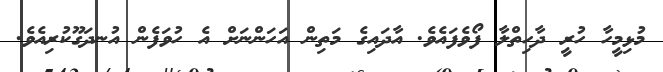
މުޅިމީހާ ހުރީ ދާހިތްލާ ފޯވެފައެވެ. އާދައިގެ މަތިން އަހަންނަށް އެ ހުވަފެން އުނދަގޫކުރިއެވެ.